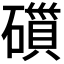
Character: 𮁁